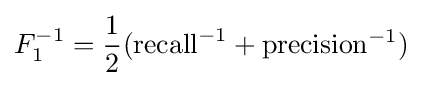
F_{1}^{-1}={\frac {1}{2}}(\mathrm {recall} ^{-1}+\mathrm {precision} ^{-1})